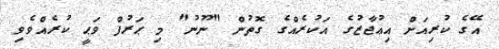
އޭގެ ކުރިއަށް އިޢުޖާޒުގެ އަކުރެއްގެ ގޮތުން "ނޫނު" މި ޙަރުފް ވަޙީ ކުރެއްވެވި